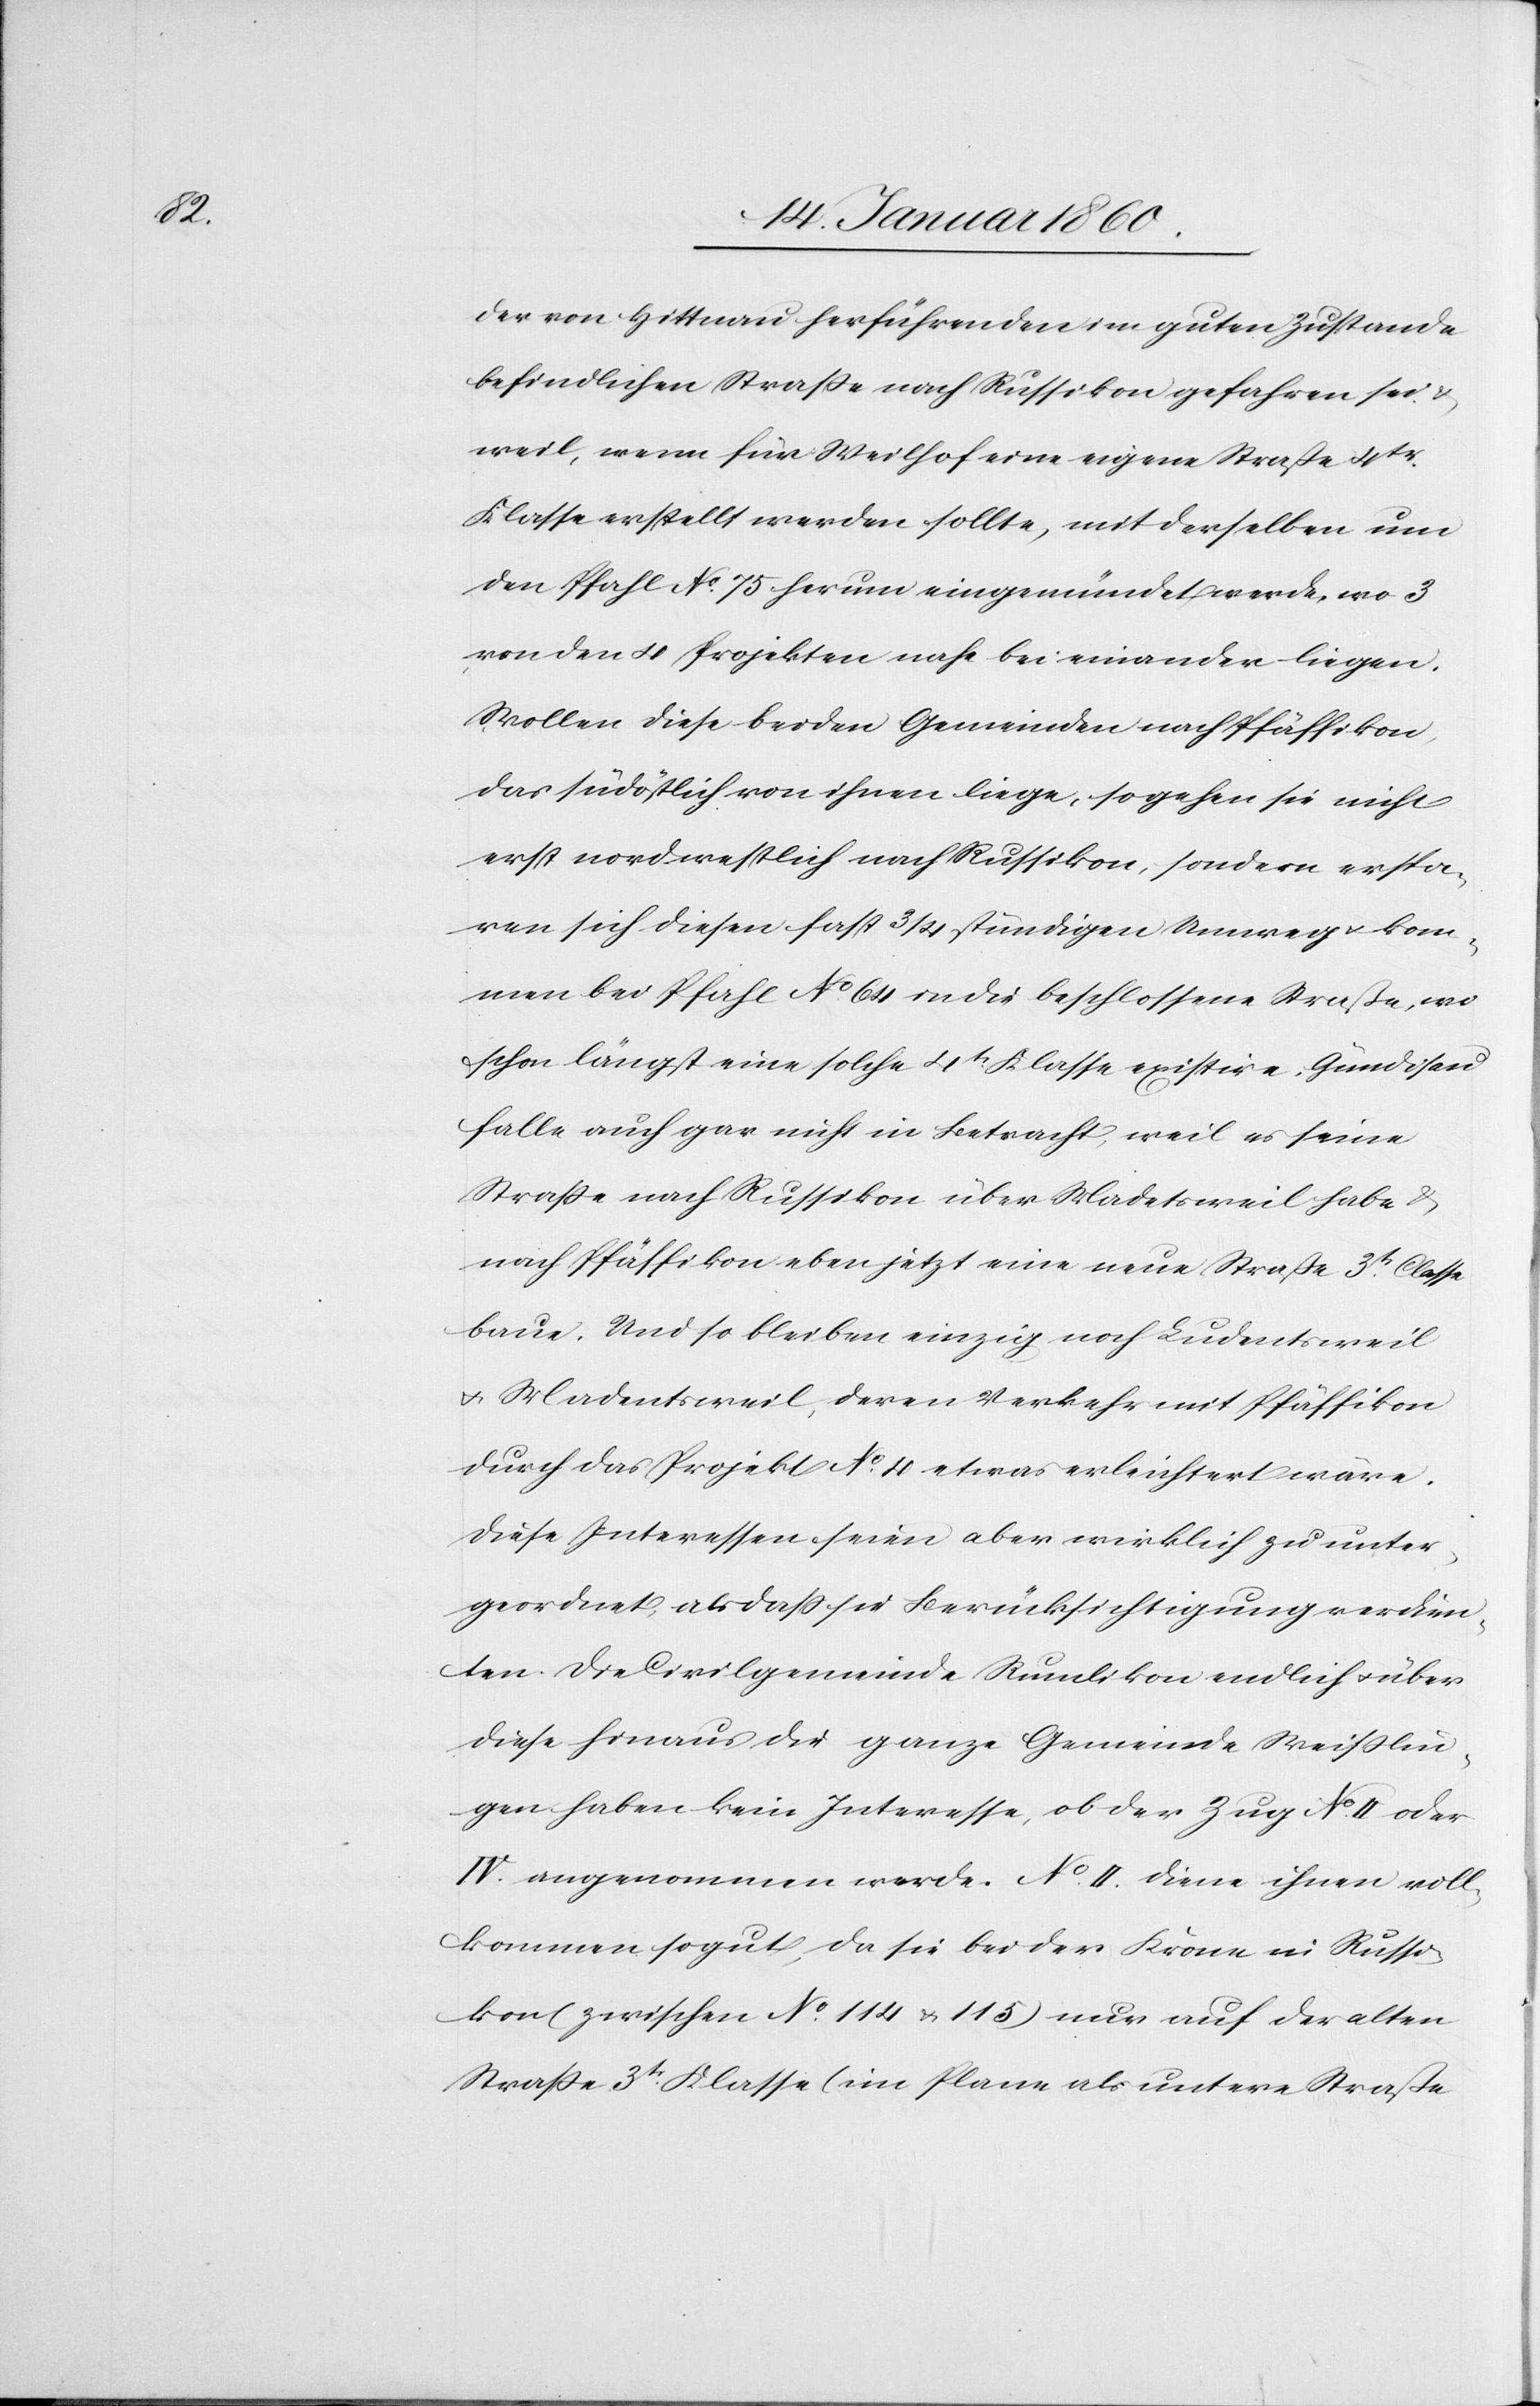
der von Hittnau herführenden im guten Zustande
befindlichen Strasse nach Russikon gefahren sei u.
weil, wenn für Weilhof eine eigene Strasse 4tr
Klasse erstellt werden sollte, mit derselben um
den Pfahl No 75 herum eingemündet werde, wo 3
von den 4 Projekten nahe bei einander liegen.
Wollen diese beiden Gemeinden nach Pfäffikon,
das südöstlich von ihnen liege, so gehen sie nicht
erst nordwestlich nach Russikon, sondern erspa¬
ren sich diesen fast 3/4 stündigen Umweg u. kom¬
men bei Pfahl No 64 in die beschlossene Strasse, wo
schon längst eine solche 4te Klasse existire. Gündisau
falle auch gar nicht in Betracht, weil es seine
Strasse nach Russikon über Madetsweil habe u.
nach Pfäffikon eben jetzt eine neue Strasse 3te Classe
baue. Und so bleiben einzig noch Ludentsweil
u. Madentsweil, deren Verkehr mit Pfäffikon
durch das Projekt No 4 etwas erleichtert wäre.
Diese Interessen seien aber wirklich zu unter¬
geordnet, als daß sie Berücksichtigung verdien¬
en. Die Civilgemeinde Rumlikon endlich u. über
diese hinaus die ganze Gemeinde Weisslin¬
gen haben kein Interesse, ob der Zug No II. oder
IV. angenommen werde. No II. diene ihnen voll¬
kommen so gut, da sie bei der Krone in Russi¬
kon (zwischen No 114 u. 115) nur auf der alten
Strasse 3tr Klasse (im Plane als untere Strasse